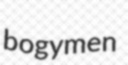
bogymen